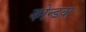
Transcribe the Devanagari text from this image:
कोन्डवा